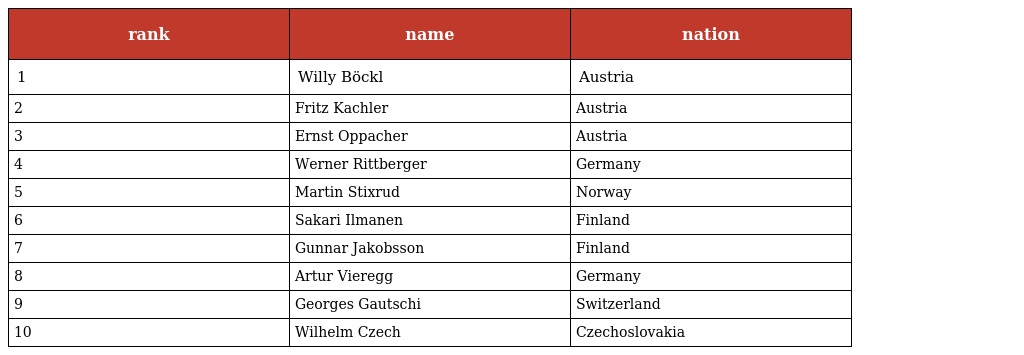
| rank | name | nation |
 | --- | --- | --- |
 | 1 | Willy Böckl | Austria |
 | 2 | Fritz Kachler | Austria |
 | 3 | Ernst Oppacher | Austria |
 | 4 | Werner Rittberger | Germany |
 | 5 | Martin Stixrud | Norway |
 | 6 | Sakari Ilmanen | Finland |
 | 7 | Gunnar Jakobsson | Finland |
 | 8 | Artur Vieregg | Germany |
 | 9 | Georges Gautschi | Switzerland |
 | 10 | Wilhelm Czech | Czechoslovakia |